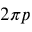
2 \pi p